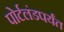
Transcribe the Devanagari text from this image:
पोर्टलंडपर्यंत